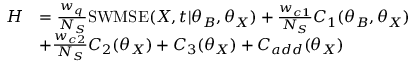
\begin{array} { r l } { H } & { = \frac { w _ { q } } { N _ { S } } \mathrm { S W M S E } ( \boldsymbol { X } , \boldsymbol { t } | \boldsymbol { \theta } _ { B } , \boldsymbol { \theta } _ { X } ) + \frac { w _ { c 1 } } { N _ { S } } C _ { 1 } ( \boldsymbol { \theta } _ { B } , \boldsymbol { \theta } _ { X } ) } \\ & { + \frac { w _ { c 2 } } { N _ { S } } C _ { 2 } ( \boldsymbol { \theta } _ { X } ) + C _ { 3 } ( \boldsymbol { \theta } _ { X } ) + C _ { a d d } ( \boldsymbol { \theta } _ { X } ) } \end{array}